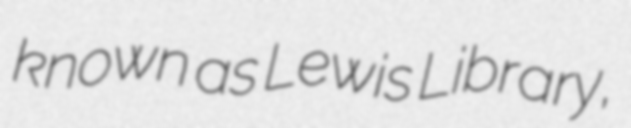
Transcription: known as Lewis Library,